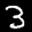
Label: 3